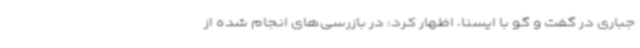
جباری در گفت و گو با ایسنا، اظهار کرد: در بازرسی‌های انجام شده از